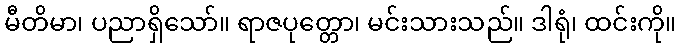
မီတိမာ၊ ပညာရှိသော်။ ရာဇပုတ္တော၊ မင်းသားသည်။ ဒါရုံ၊ ထင်းကို။